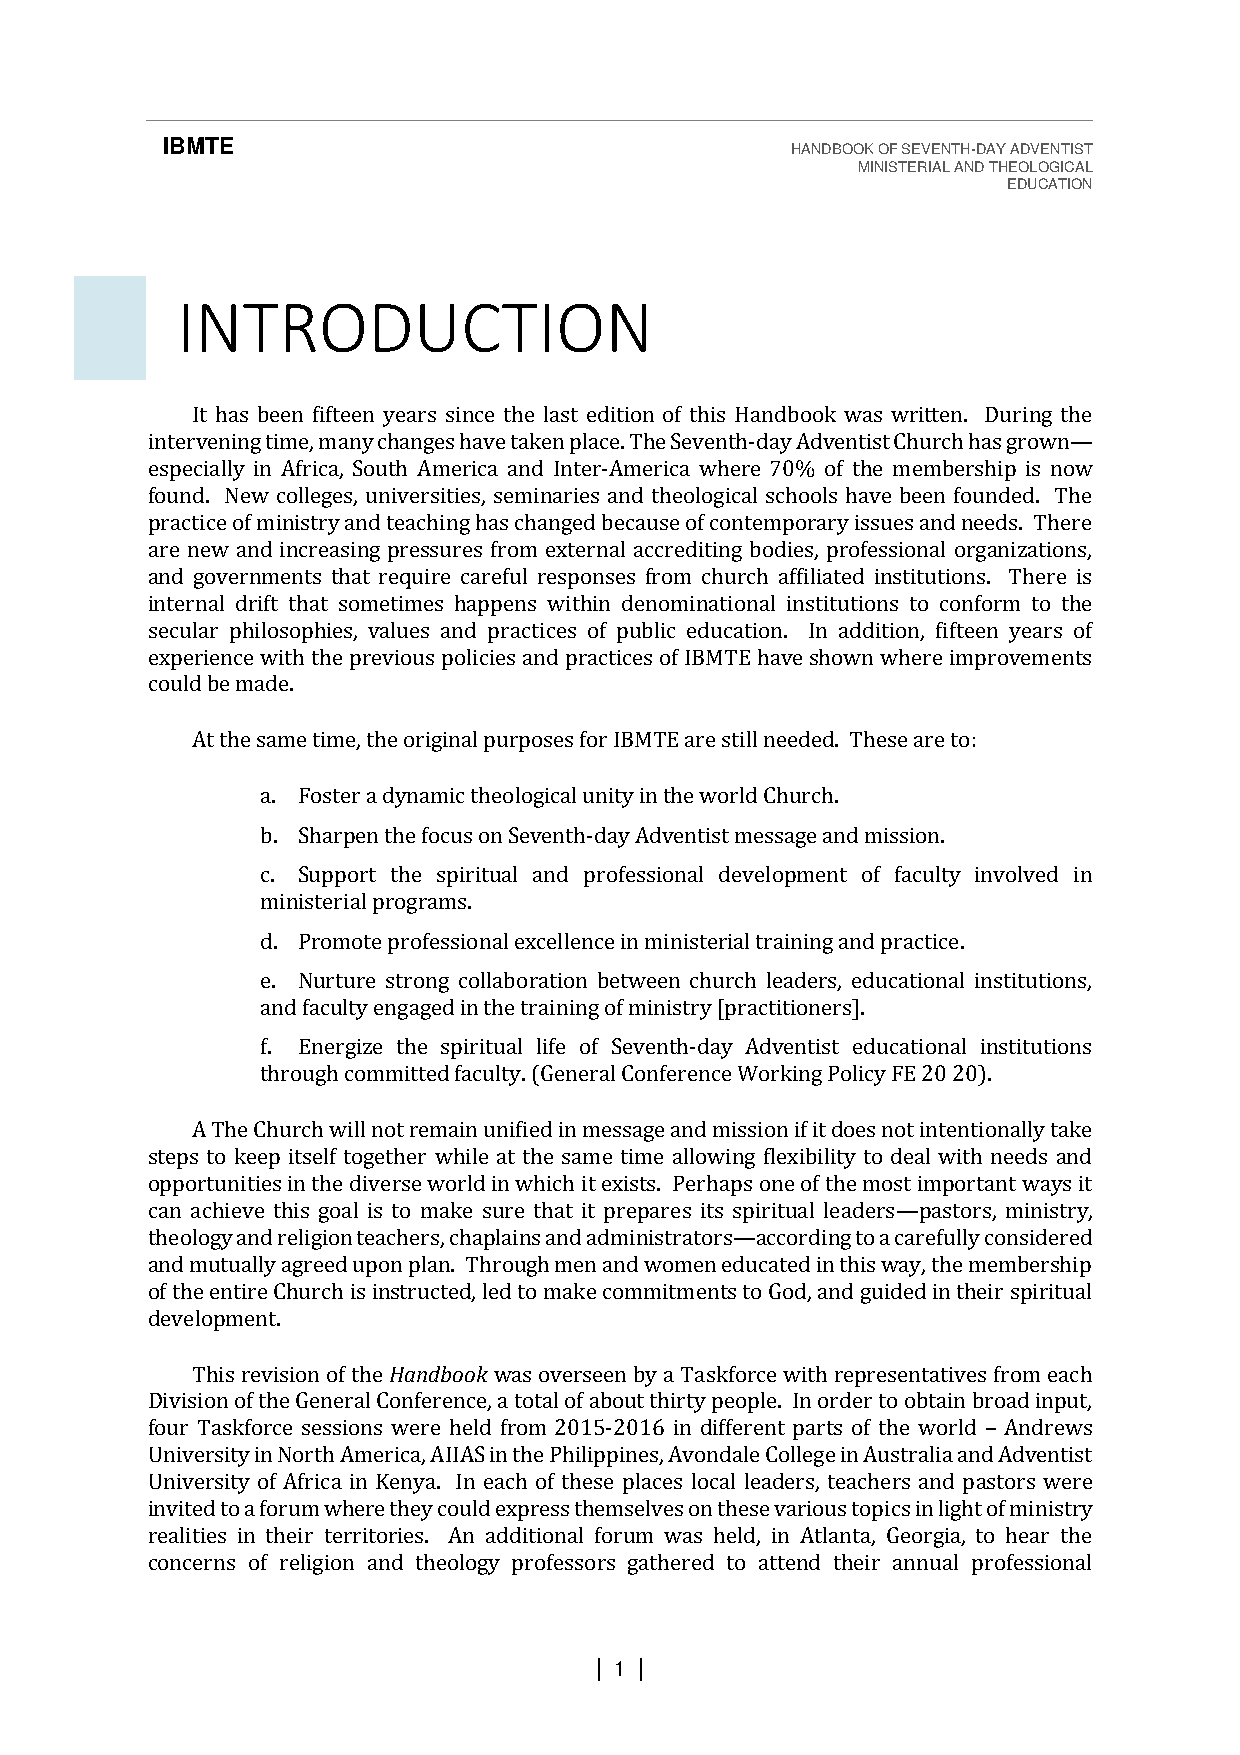
IBMTE                                    HANDBOOK OF SEVENTH-DAY ADVENTIST
 MINISTERIAL AND THEOLOGICAL
 EDUCATION
 INTRODUCTION
 It has been fifteen years since the last edition of this Handbook was written. During the
 intervening time, many changes have taken place. The Seventh-day Adventist Church has grown
 especially in Africa, South America and Inter-America where 70% of the membership is now
 found. New colleges, universities, seminaries and theological schools have been founded. Th—e
 practice of ministry and teaching has changed because of contemporary issues and needs. There
 are new and increasing pressures from external accrediting bodies, professional organizations,
 and governments that require careful responses from church affiliated institutions. There is
 internal drift that sometimes happens within denominational institutions to conform to the
 secular philosophies, values and practices of public education. In addition, fifteen years of
 experience with the previous policies and practices of IBMTE have shown where improvements
 could be made.
 At the same time, the original purposes for IBMTE are still needed. These are to:
 a. Foster a dynamic theological unity in the world Church.
 b. Sharpen the focus on Seventh-day Adventist message and mission.
 c. Support the spiritual and professional development of faculty involved in
 ministerial programs.
 d. Promote professional excellence in ministerial training and practice.
 e. Nurture strong collaboration between church leaders, educational institutions,
 and faculty engaged in the training of ministry [practitioners].
 f. Energize the spiritual life of Seventh-day Adventist educational institutions
 through committed faculty. (General Conference Working Policy FE 20 20).
 A The Church will not remain unified in message and mission if it does not intentionally take
 steps to keep itself together while at the same time allowing flexibility to deal with needs and
 opportunities in the diverse world in which it exists. Perhaps one of the most important ways it
 can achieve this goal is to make sure that it prepares its spiritual leaders pastors, ministry,
 theology and religion teachers, chaplains and administrators according to a carefully considered
 and mutually agreed upon plan. Through men and women educated in this w—ay, the membership
 of the entire Church is instructed, led to make commitments— to God, and guided in their spiritual
 development.
 This revision of the Handbook was overseen by a Taskforce with representatives from each
 Division of the General Conference, a total of about thirty people. In order to obtain broad input,
 four Taskforce sessions were held from 2015-2016 in different parts of the world Andrews
 University in North America, AIIAS in the Philippines, Avondale College in Australia and Adventist
 University of Africa in Kenya. In each of these places local leaders, teachers and pa–stors were
 invited to a forum where they could express themselves on these various topics in light of ministry
 realities in their territories. An additional forum was held, in Atlanta, Georgia, to hear the
 concerns of religion and theology professors gathered to attend their annual professional
 | 1 |